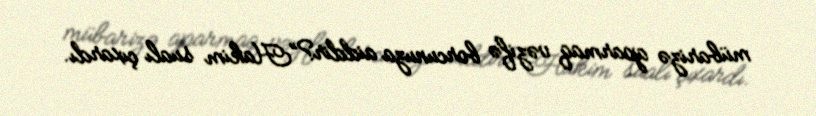
mübarizə aparmaq vəzifə borcunuza aiddir?”Hakim sualı çıxardı.